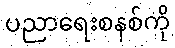
ပညာရေးစနစ်ကို